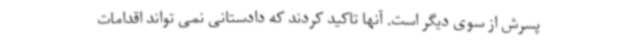
پسرش از سوی دیگر است. آنها تاکید کردند که دادستانی نمی تواند اقدامات